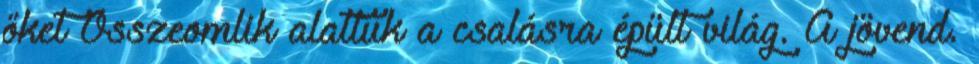
őket Összeomlik alattuk a csalásra épült világ. A jövend.